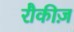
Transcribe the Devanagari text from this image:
रौकीज़